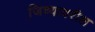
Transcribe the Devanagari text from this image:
जिच्यावरील